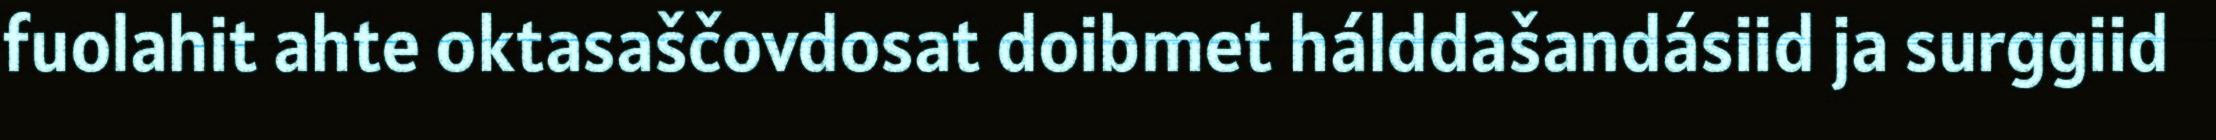
fuolahit ahte oktasaščovdosat doibmet hálddašandásiid ja surggiid